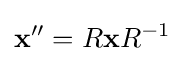
\mathbf {x} ''=R\mathbf {x} R^{-1}